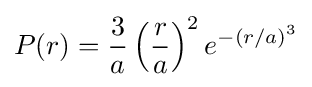
P(r)={\frac {3}{a}}\left({\frac {r}{a}}\right)^{2}e^{-(r/a)^{3}}